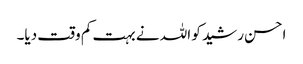
احسن رشید کو اللہ نے بہت کم وقت دیا۔